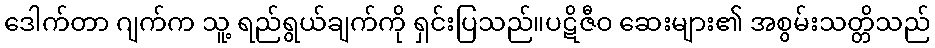
ဒေါက်တာ ဂျက်က သူ့ ရည်ရွယ်ချက်ကို ရှင်းပြသည်။ပဋိဇီဝ ဆေးများ၏ အစွမ်းသတ္တိသည်